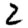
Digit: 2